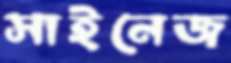
সাইনেজ